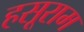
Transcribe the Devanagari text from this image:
हसूराम